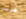
ضربهم